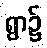
ရွာ၌